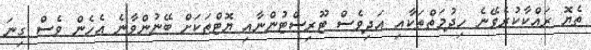
ތެޔޮ ރައްކާކުރެވޭނެ ހިދުމަތްތަކާއި އަދިވެސް ޓޫރިސްޓުންނާއި ޔޮޓްތަކަށް ބޭނުންވާނެ އެހެން ވެސް ގިނަ